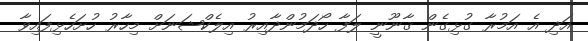
އަދި އެ އަމުރާ ގުޅިގެން ޤާނޫނީ ލަފާ ހޯދަމުންދާއިރު އިލެކްޝަނަށް މިހާރު ހުށަހެޅިފައިވާ